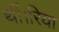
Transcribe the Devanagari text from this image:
थीं।रिया